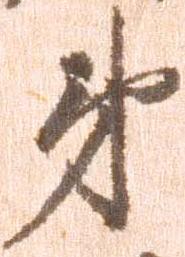
弟